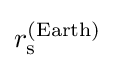
r_{\text{s}}^{({\text{Earth}})}